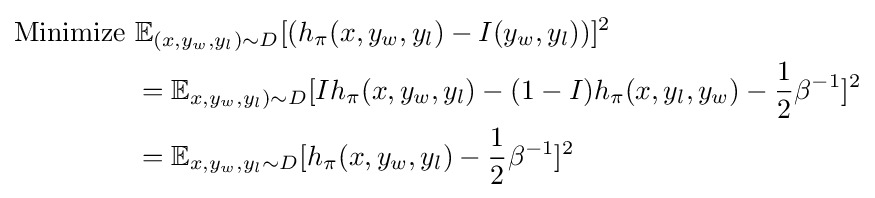
{\begin{aligned}{\text{Minimize }}&\mathbb {E} _{(x,y_{w},y_{l})\sim D}[(h_{\pi }(x,y_{w},y_{l})-I(y_{w},y_{l}))]^{2}\\&=\mathbb {E} _{x,y_{w},y_{l})\sim D}[Ih_{\pi }(x,y_{w},y_{l})-(1-I)h_{\pi }(x,y_{l},y_{w})-{\frac {1}{2}}\beta ^{-1}]^{2}\\&=\mathbb {E} _{x,y_{w},y_{l}\sim D}[h_{\pi }(x,y_{w},y_{l})-{\frac {1}{2}}\beta ^{-1}]^{2}\end{aligned}}